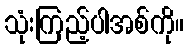
သုံးကြည့်ပါအစ်ကို။